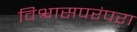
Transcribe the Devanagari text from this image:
विश्वासपरंपरा